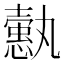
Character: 𢣞